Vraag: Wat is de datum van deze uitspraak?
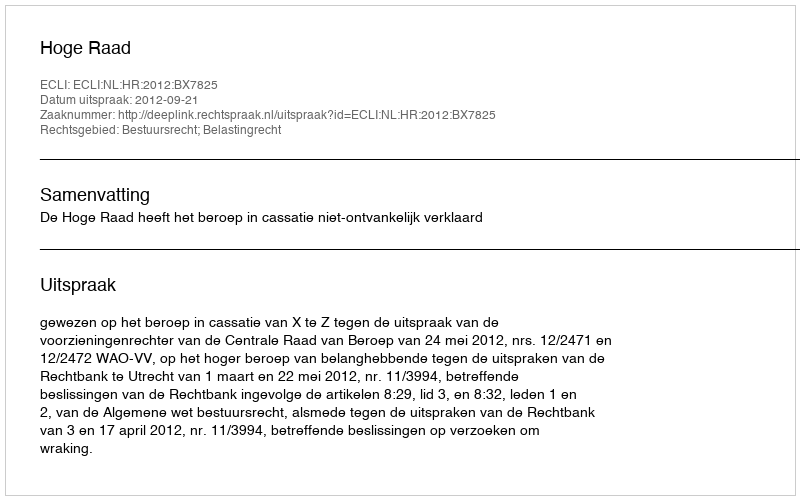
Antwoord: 2012-09-21